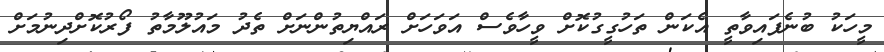
މީހަކު ބުނެފައިވާތީ އެކަން ތަހުގީގުކޮށް ވީހާވެސް އަވަހަށް ރައްޔިތުންނަށް ތެދު މައުލޫމާތު ފޯރުކޮށްދިނުމަށް